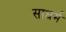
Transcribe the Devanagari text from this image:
साधर्म